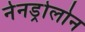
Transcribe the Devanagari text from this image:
नेनड्रोलोन